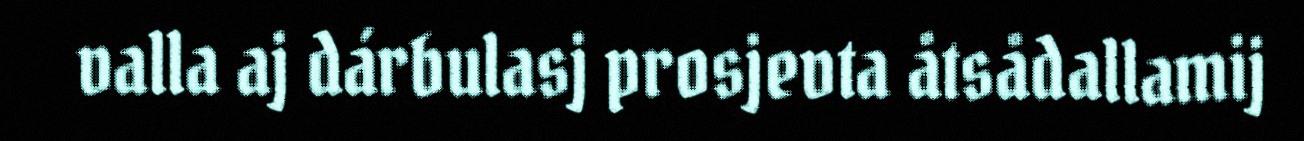
valla aj dárbulasj prosjevta åtsådallamij